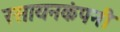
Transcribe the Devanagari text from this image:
रसायनकंपनी